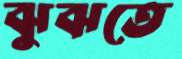
ঝুঝতে